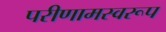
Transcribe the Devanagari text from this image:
परीणामस्वरूप